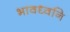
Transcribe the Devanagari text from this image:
भावध्वनि